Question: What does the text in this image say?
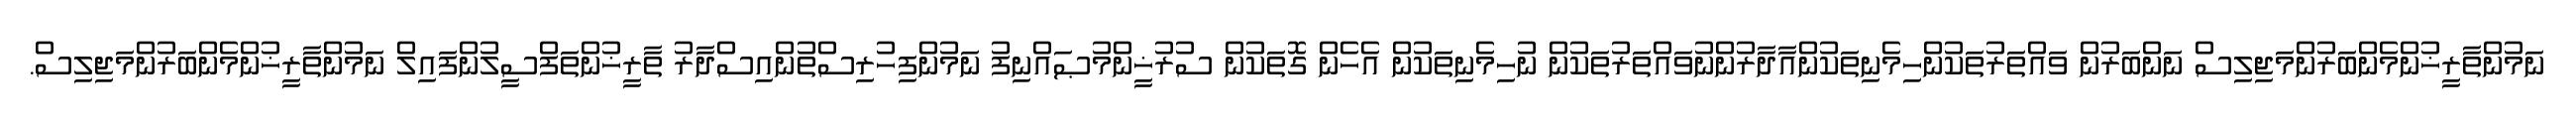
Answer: ނަމުންތާރީޚުންމެންބަރުންމަޖިލިސް ނަންބަރުން ވައްތަރުތަކުންހިމެނިތަކުންއާދާރުންނުވައްތަރުތަކުން ނުހިމެނިތަކުން އެހެން ގޮތަކުން ސުރުޚީންމުޞައްނިފު ނަމުންފިހުރިސްތުންއިސްދާރު ތާރީޚުންތަފްސީލުންފައިލް ނަމުންތާރީޚުންމެންބަރުންމަޖިލިސް.